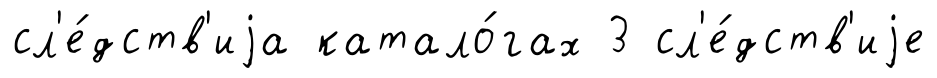
сл'е́дств'иjа катало́гах 3 сл'е́дств'иjе